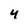
Character: 4